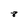
Character: 8